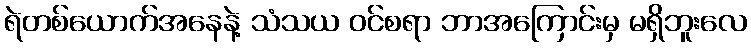
ရဲတစ်ယောက်အနေနဲ့ သံသယ ဝင်စရာ ဘာအကြောင်းမှ မရှိဘူးလေ